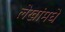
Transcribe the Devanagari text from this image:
लेखांमधे